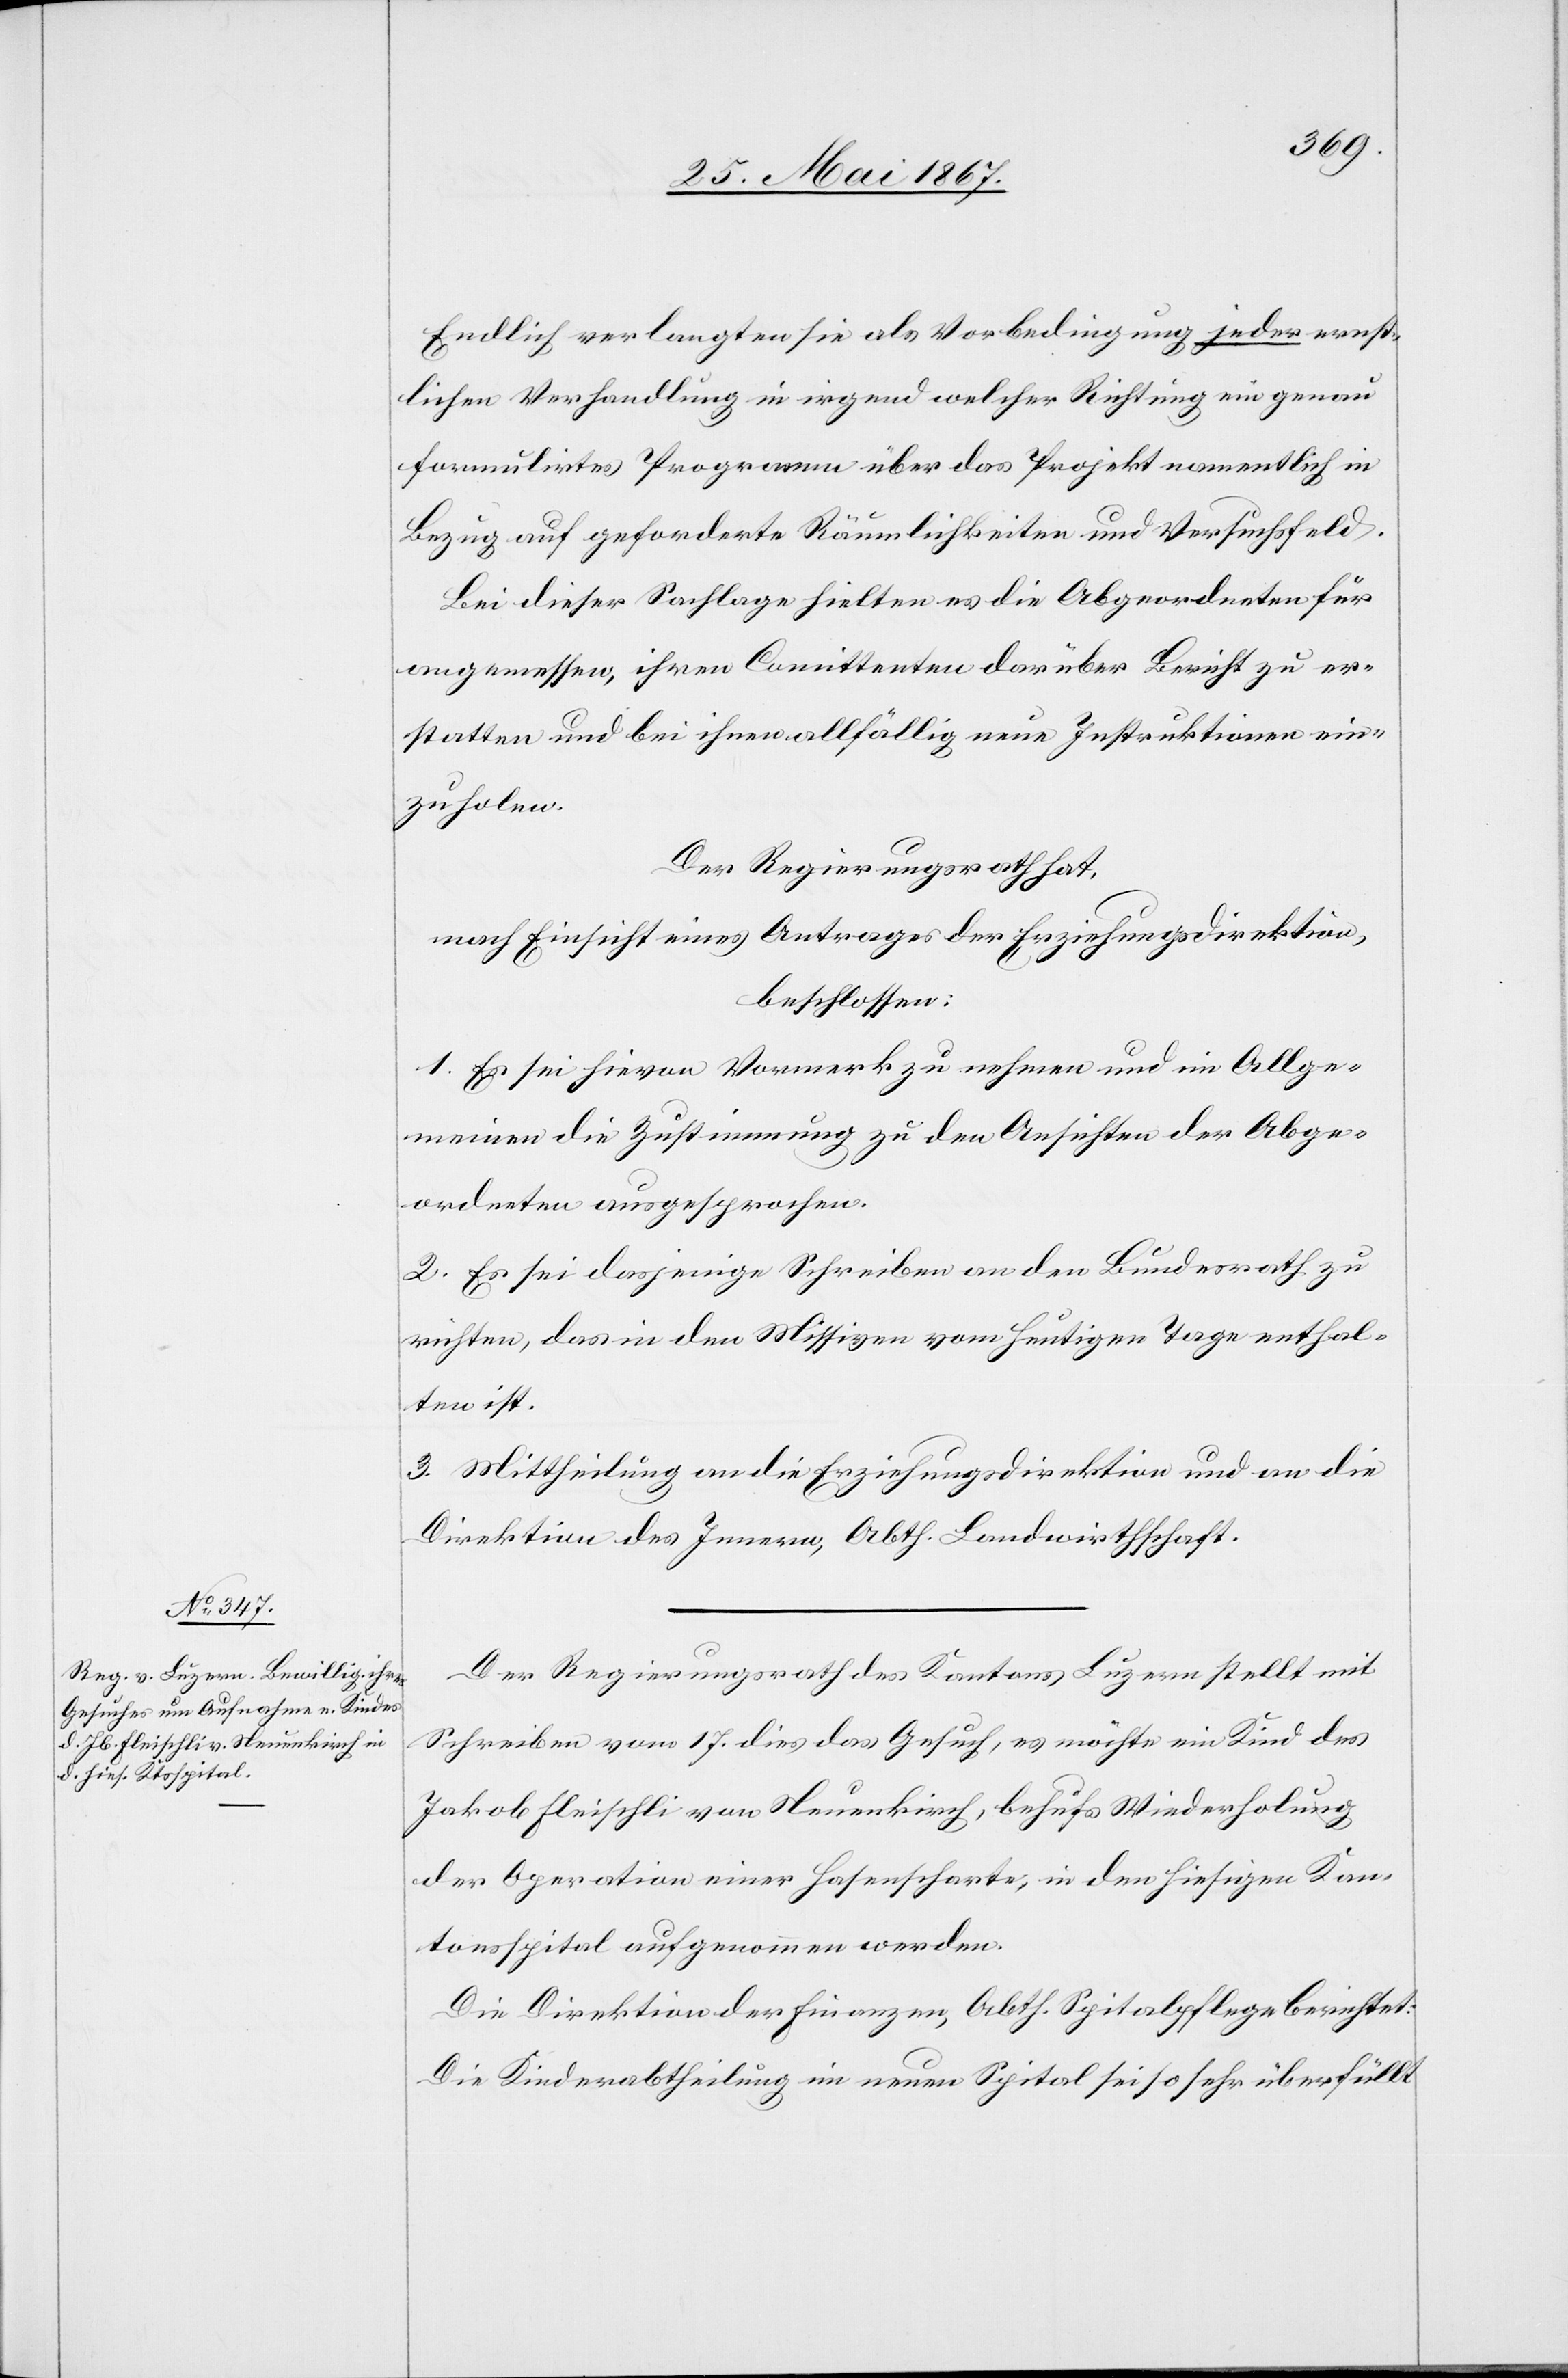
Endlich verlangten sie als Vorbedingung jeder ernst¬
lichen Verhandlung in irgend welcher Richtung ein genau
formulirtes Programm über das Projekt namentlich in
Bezug auf geforderte Räumlichkeiten und Versuchsfeld.
Bei dieser Sachlage hielten es die Abgeordneten für
angemessen, ihren Comittenten darüber Bericht zu er¬
statten und bei ihnen allfällig neue Instruktionen ein¬
zuholen.
Der Regierungsrath hat,
nach Einsicht eines Antrages der Erziehungsdirektion,
beschlossen:
1. Es sei hievon Vormerk zu nehmen und im allge¬
meinen die Zustimmung zu den Ansichten der Abge¬
ordneten ausgesprochen.
2. Es sei dasjenige Schreiben an den Bundesrath zu
richten, das in den Missiven vom heutigen Tage enthal¬
ten ist.
3. Mittheilung an die Erziehungsdirektion und an die
Direktion des Innern, Abth. Landwirthschaft.
Der Regierungsrath des Kantons Luzern stellt mit
Schreiben vom 17. dies das Gesuch, es möchte ein Kind des
Jakob Fleischli von Neuenkirch, behufs Wiederholung
der Operation einer Hasenscharte, in den hiesigen Kan¬
tonsspital aufgenommen werden.
Die Direktion der Finanzen, Abth. Spitalpflege berichtet:
Die Kinderabtheilung im neuen Spital sei so sehr überfüllt